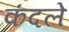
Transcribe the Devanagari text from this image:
कंदले